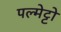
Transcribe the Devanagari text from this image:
पल्मेट्टो